Report on the working of the Ranchi Indian Mental Hospital, Kanke, in Bihar and Orissa - 1930-1940
Year: 1930
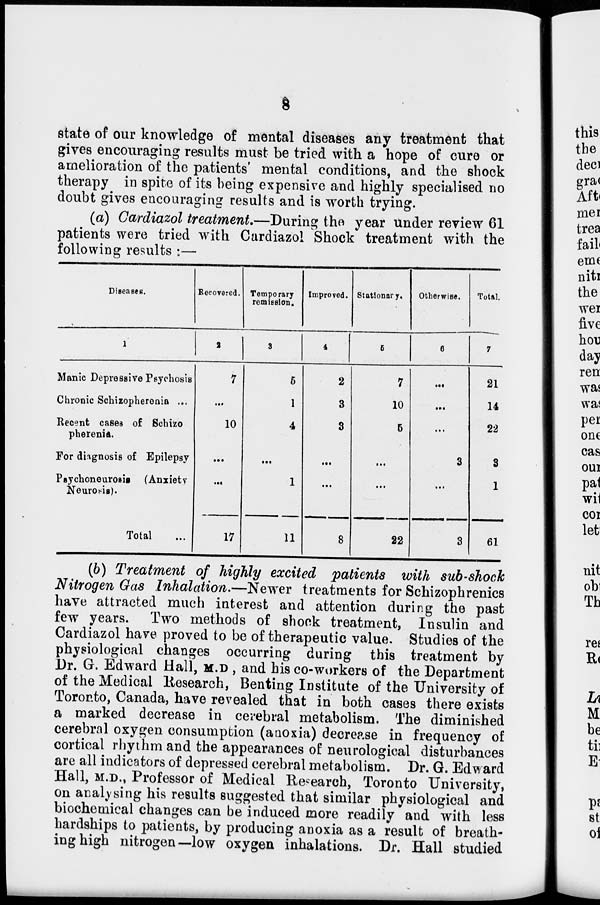
8
state of our knowledge of mental diseases any treatment that
gives encouraging results must be tried with a hope of cure or
amelioration of the patients' mental conditions, and the shock
therapy in spite of its being expensive and highly specialised no
doubt gives encouraging results and is worth trying.
(a) Cardiazol treatment.—During the year under review 61
patients were tried with Cardiazol Shock treatment with the
following results :—
Diseases.
1
Manic Depressive Psychosis
Chronic Schizopherenia ...
Recent cases of Schizo
pherenia.
For diagnosis of Epilepsy
Psychoneurosis (Anxiety
Neurosis).
Total ...
Recovered.
2
7
...
10
...
...
17
Temporary
remission.
3
5
1
4
...
1
11
Improved.
4
2
3
3
...
...
8
Stationary.
5
7
10
5
...
...
22
Otherwise.
6
...
...
...
3
...
3
Total.
7
21
14
22
3
1
61
(b) Treatment of highly excited patients with sub-shock
Nitrogen Gas Inhalation.—Newer treatments for Schizophrenics
have attracted much interest and attention during the past
few years. Two methods of shock treatment, Insulin and
Cardiazol have proved to be of therapeutic value. Studies of the
physiological changes occurring during this treatment by
Dr. G. Edward Hall, M.D , and his co-workers of the Department
of the Medical Research, Benting Institute of the University of
Toronto, Canada, have revealed that in both cases there exists
a marked decrease in cerebral metabolism. The diminished
cerebral oxygen consumption (anoxia) decrease in frequency of
cortical rhythm and the appearances of neurological disturbances
are all indicators of depressed cerebral metabolism. Dr. G. Edward
Hall, M.D., Professor of Medical Research, Toronto University,
on analysing his results suggested that similar physiological and
biochemical changes can be induced more readily and with less
hardships to patients, by producing anoxia as a result of breath-
ing high nitrogen—low oxygen inhalations. Dr. Hall studied